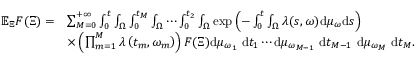
\begin{array} { r l } { \mathbb { E } _ { \Xi } F ( \Xi ) = } & { \sum _ { M = 0 } ^ { + \infty } \int _ { 0 } ^ { t } \int _ { \Omega } \int _ { 0 } ^ { t _ { M } } \int _ { \Omega } \cdots \int _ { 0 } ^ { t _ { 2 } } \int _ { \Omega } \exp \left( - \int _ { 0 } ^ { t } \int _ { \Omega } \lambda ( s , \omega ) \mathrm { d } \mu _ { \omega } \mathrm { d } s \right) } \\ & { \times \left( \prod _ { m = 1 } ^ { M } \lambda \left( t _ { m } , \omega _ { m } \right) \right) F ( \Xi ) \mathrm { d } \mu _ { \omega _ { 1 } } \mathrm { ~ d } t _ { 1 } \cdots \mathrm { d } \mu _ { \omega _ { M - 1 } } \mathrm { ~ d } t _ { M - 1 } \mathrm { ~ d } \mu _ { \omega _ { M } } \mathrm { ~ d } t _ { M } . } \end{array}